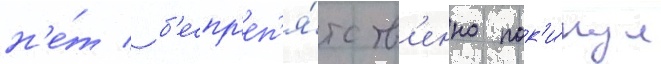
н'е́т / б'еспр'еп'я́тств'енно пок'и́нул